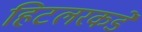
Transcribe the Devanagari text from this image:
हिटलरकडे